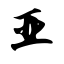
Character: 亚